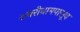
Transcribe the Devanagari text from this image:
शबरीधामपासूव